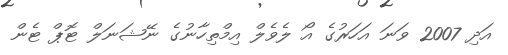
އަދި 2007 ވަނަ އަހަރުގެ އޯ ލެވެލް އިމްތިހާނުގެ ނޭޝަނަލް ޓޮޕް ޓެން